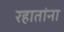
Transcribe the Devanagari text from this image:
रहातांना